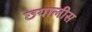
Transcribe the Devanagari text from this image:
छयालीस